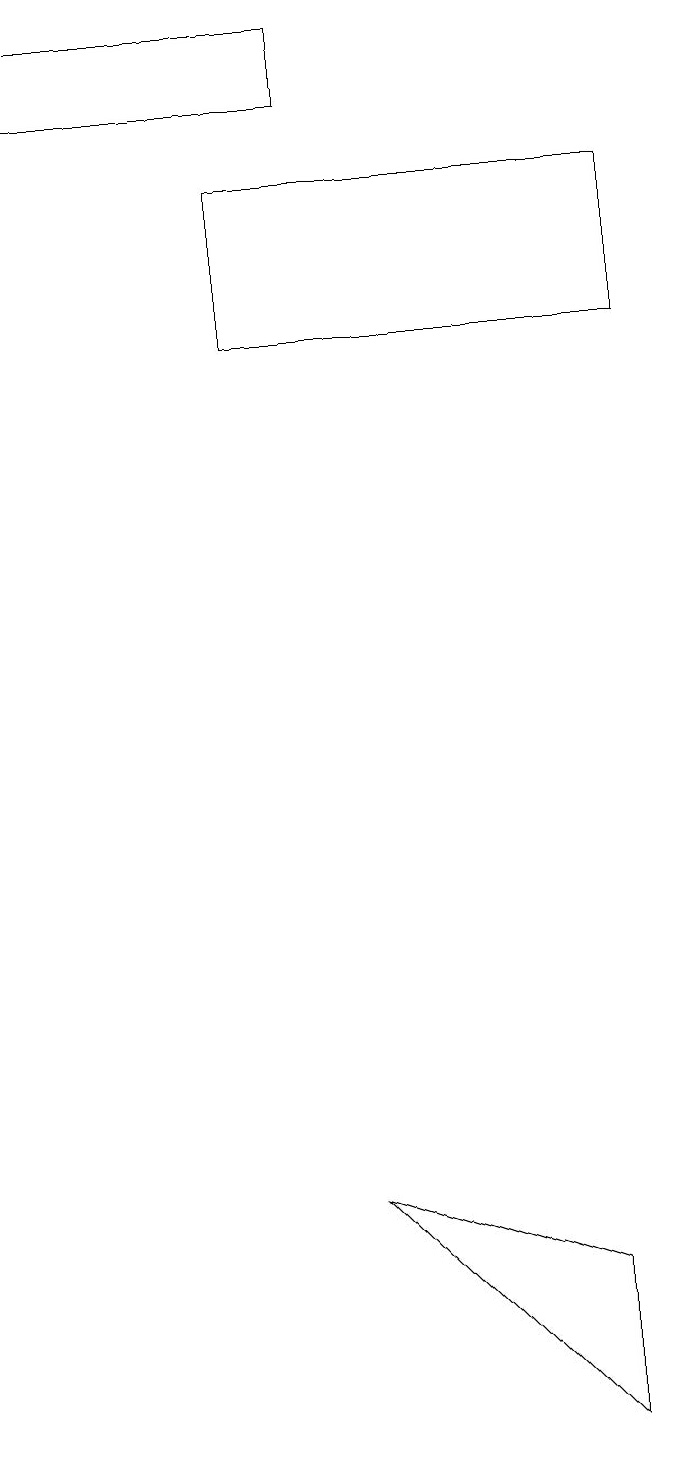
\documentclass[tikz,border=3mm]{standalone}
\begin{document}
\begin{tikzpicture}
\draw (8,2) -- (8,0) -- (5,3) -- cycle;
\draw (5,17) rectangle (1,18);
\draw (4,14) rectangle (9,16);
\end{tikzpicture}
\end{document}